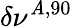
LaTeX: \delta\nu^{\mathit{A},90}